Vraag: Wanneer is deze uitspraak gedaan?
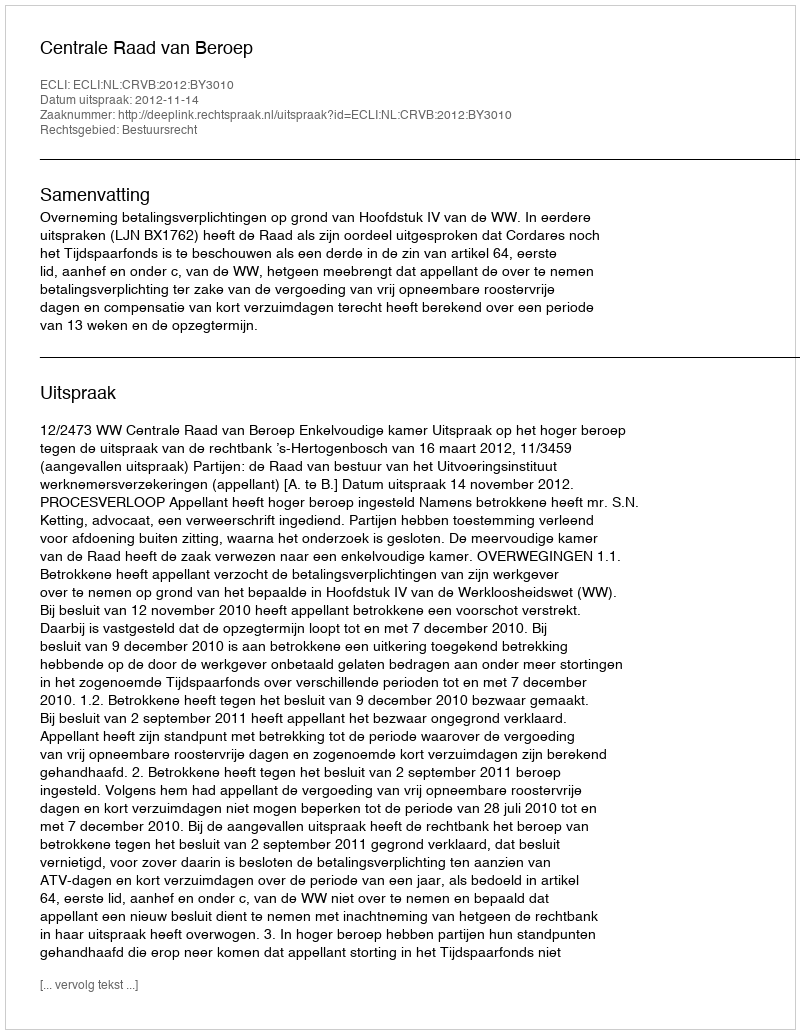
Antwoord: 2012-11-14